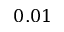
0 . 0 1